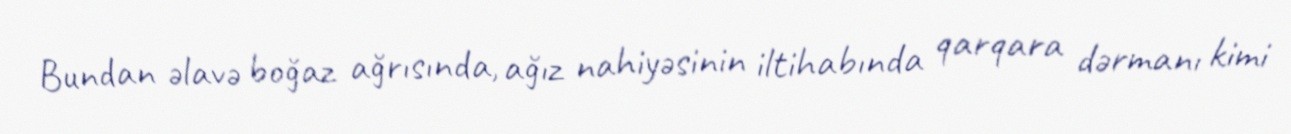
Bundan əlavə boğaz ağrısında, ağız nahiyəsinin iltihabında qarqara dərmanı kimi